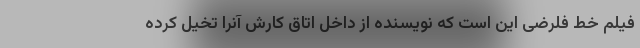
فیلم خط فلرضی این است که نویسنده از داخل اتاق کارش آنرا تخیل کرده